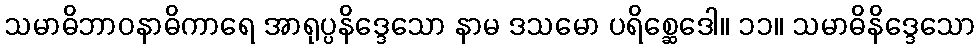
သမာဓိဘာဝနာဓိကာရေ အာရုပ္ပနိဒ္ဒေသော နာမ ဒသမော ပရိစ္ဆေဒေါ။ ၁၁။ သမာဓိနိဒ္ဒေသော